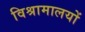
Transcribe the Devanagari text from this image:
विश्रामालयों